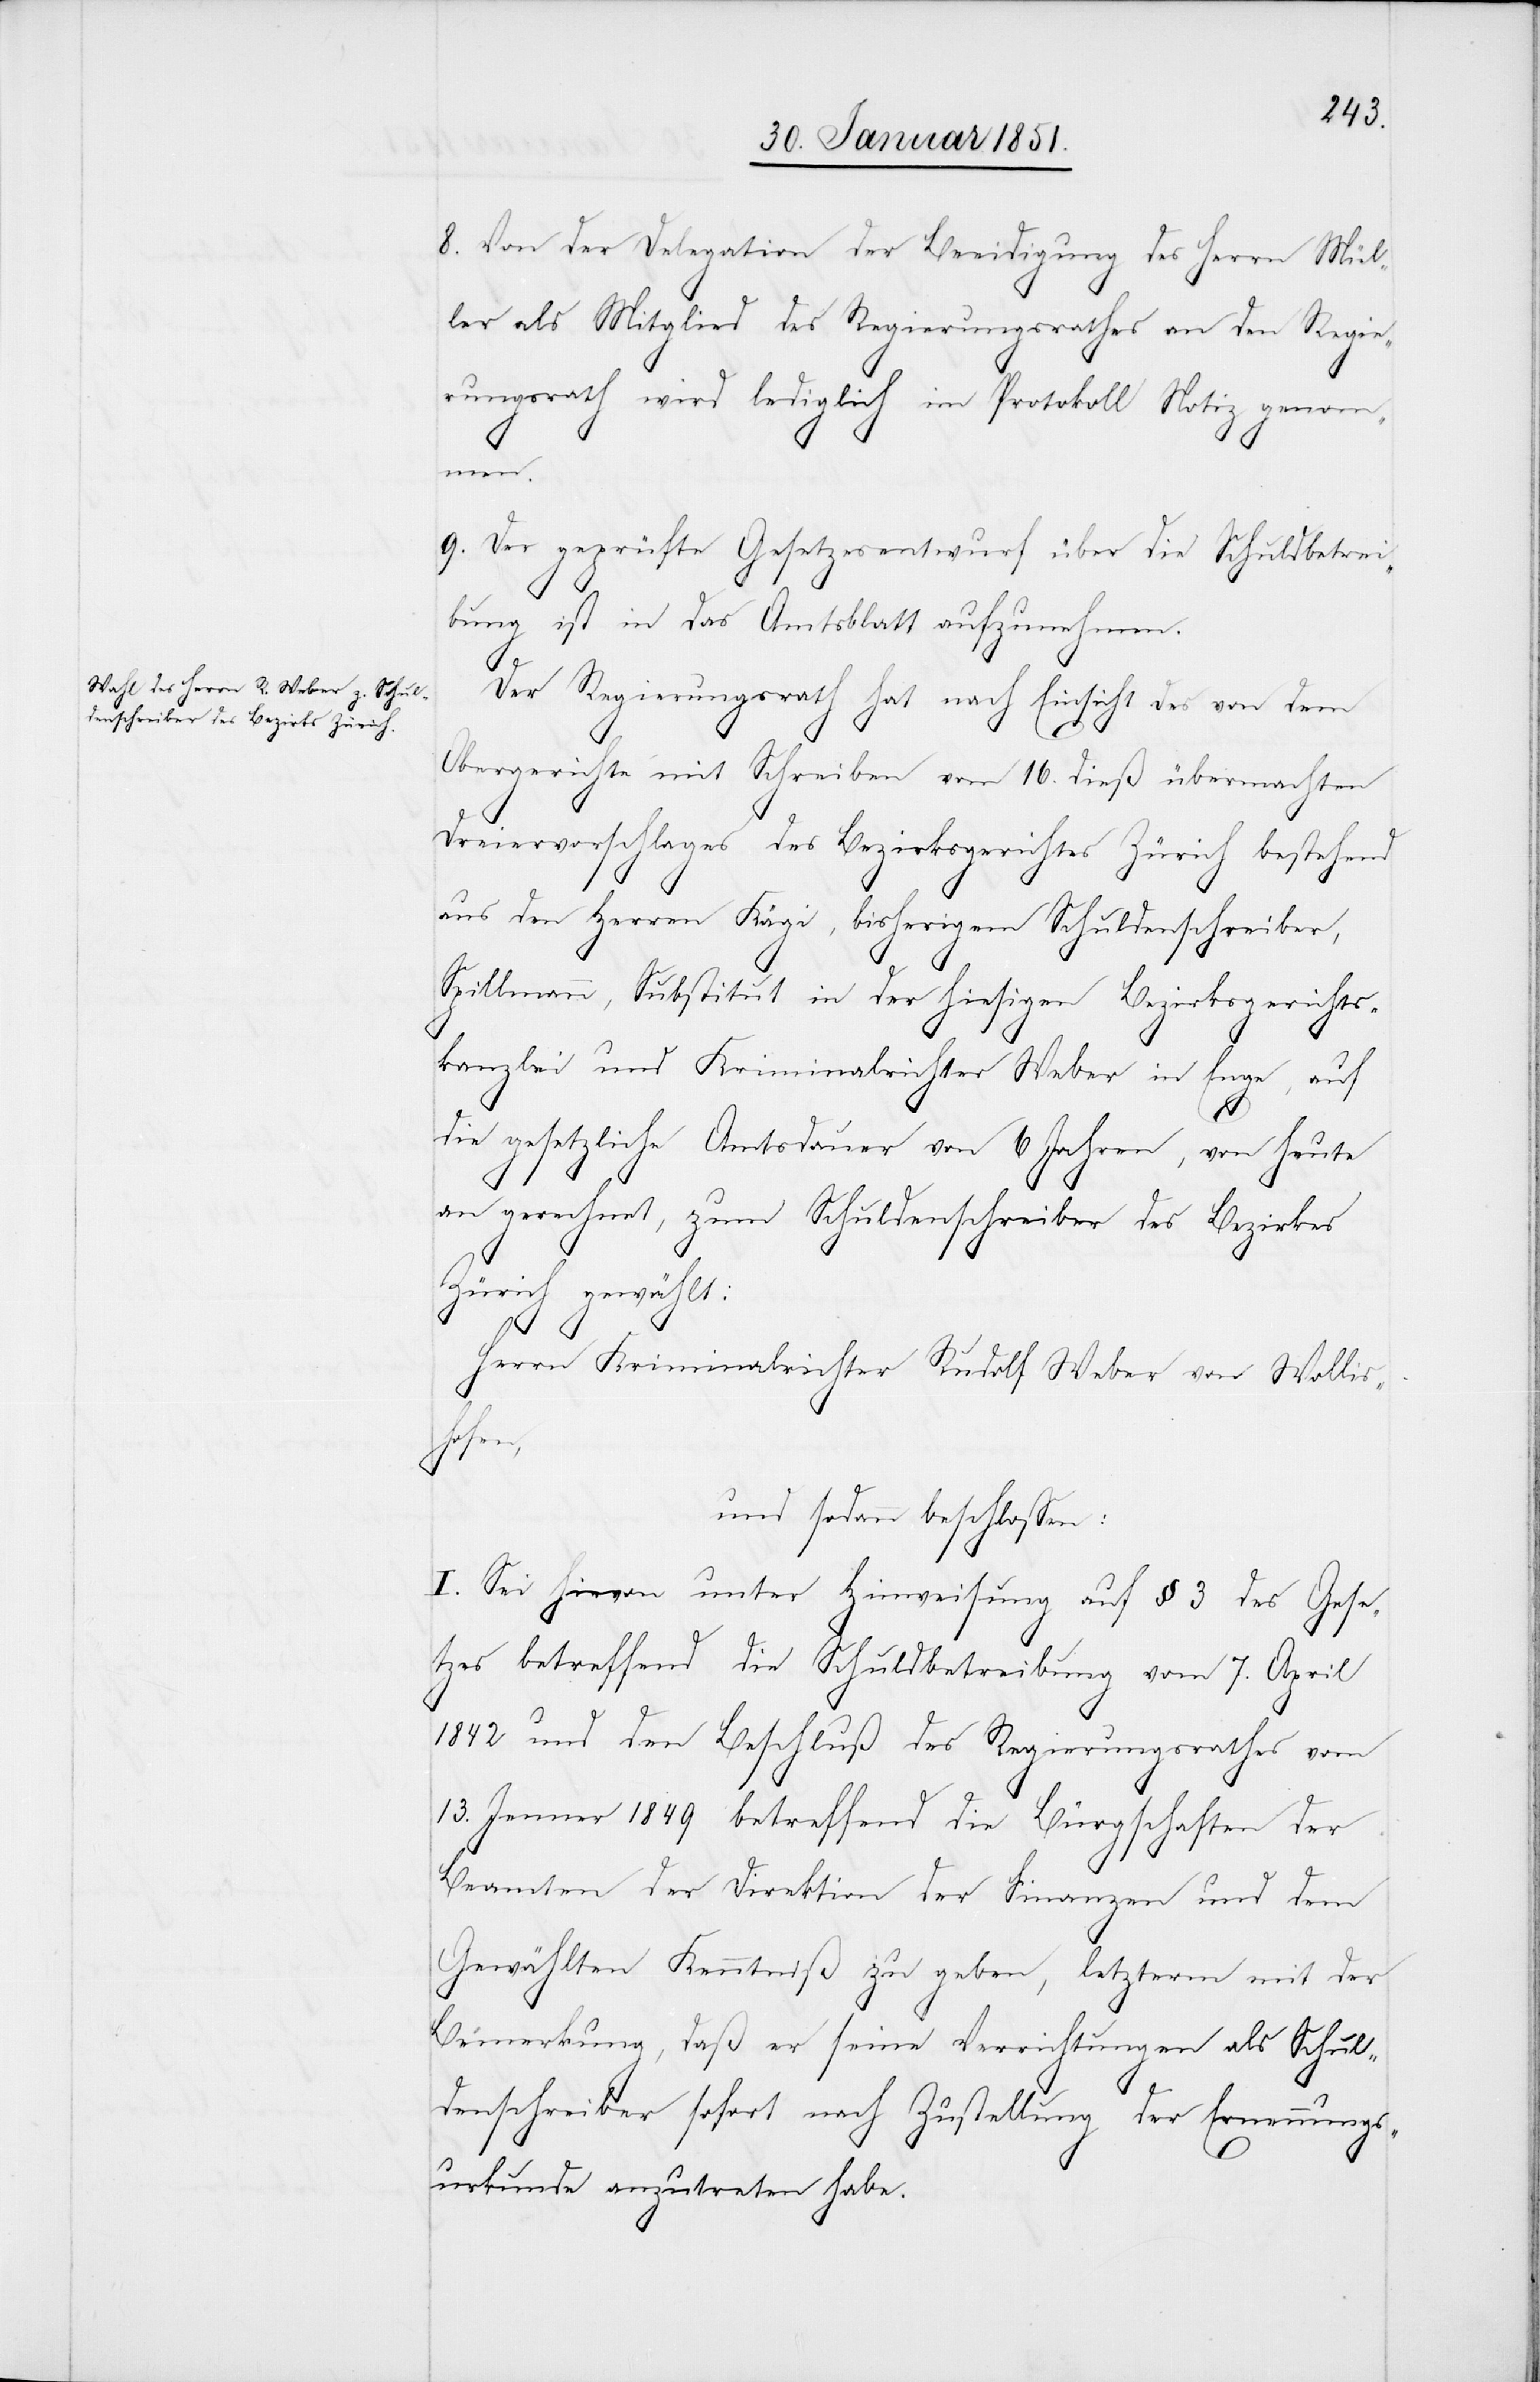
8. Von der Delegation der Beeidigung des Herrn Mül¬
ler als Mitglied des Regierungsrathes an den Regie¬
rungsrath wird lediglich im Protokoll Notiz genom¬
men.
9. Der geprüfte Gesetzesentwurf über die Schuldbetrei¬
bung ist in das Amtsblatt aufzunehmen.
Der Regierungsrath hat nach Einsicht des von dem
Obergerichte mit Schreiben vom 16. dieß übermachten
Dreiervorschlages des Bezirksgerichtes Zürich bestehend
aus den Herren Kägi, bisherigem Schuldenschreiber,
Spillmann, Substitut in der hiesigen Bezirksgerichts¬
kanzlei und Kriminalrichter Weber in Enge, auf
die gesetzliche Amtsdauer von 6 Jahren, von heute
an gerechnet, zum Schuldenschreiber des Bezirkes
Zürich gewählt:
Herrn Kriminalrichter Rudolf Weber von Wollis¬
hofen,
und sodann beschlossen:
I. Sei hievon unter Hinweisung auf § 3 des Gese¬
tzes betreffend die Schuldbetreibung vom 7. April
1842 und den Beschluß des Regierungsrathes vom
13. Jenner 1849 betreffend die Bürgschaften der
Beamten der Direktion der Finanzen und dem
Gewählten Kenntniß zu geben, letzterm mit der
Bemerkung, daß er seine Verrichtungen als Schul¬
denschreiber sofort nach Zustellung der Ernennungs¬
urkunde anzutreten habe.